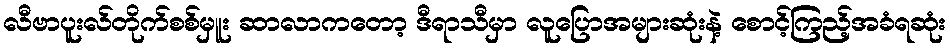
လီဗာပူးလ်တိုက်စစ်မှူး ဆာလာကတော့ ဒီရာသီမှာ လူပြောအများဆုံးနဲ့ စောင့်ကြည့်အခံရဆုံး